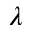
\lambda